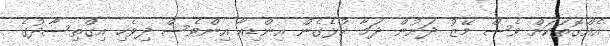
އެއްގޮތަކަށް ވެސް މޭޒު ދަށުން ދަމާ ކުޅެގެން އިންޑިއާ އިންވެސް ދިވެހި އިގްތިސާދުގެ